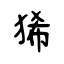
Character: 狶